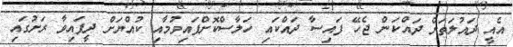
އެއީ ދައުލަތަށް ދައްކަން ޖެހޭ ފައިސާ ދައްކައި ހަލާސްކޮށްފައިވުމާއި ކުއްޔަށް ދީފައިވާ ރަށުގައި